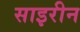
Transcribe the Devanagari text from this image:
साइरीन